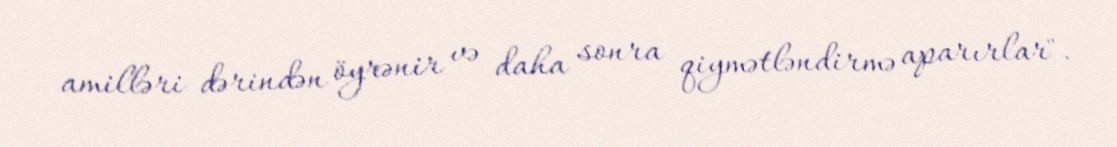
amilləri dərindən öyrənir və daha sonra qiymətləndirmə aparırlar".